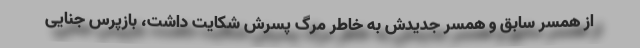
از همسر سابق و همسر جدیدش به خاطر مرگ پسرش شکایت داشت، بازپرس جنایی